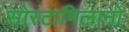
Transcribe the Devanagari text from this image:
सोस्टामिलानो